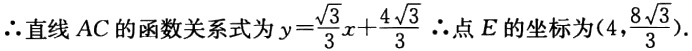
$\therefore \text{直线}AC\text{的函数关系式为}y = \frac{\sqrt{3}}{3}x+\frac{4\sqrt{3}}{3}\text{ }\therefore\text{点}E\text{的坐标为}(4,\frac{8\sqrt{3}}{3}).$